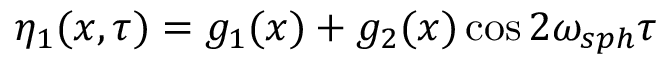
\eta _ { 1 } ( x , \tau ) = g _ { 1 } ( x ) + g _ { 2 } ( x ) \cos 2 \omega _ { s p h } \tau